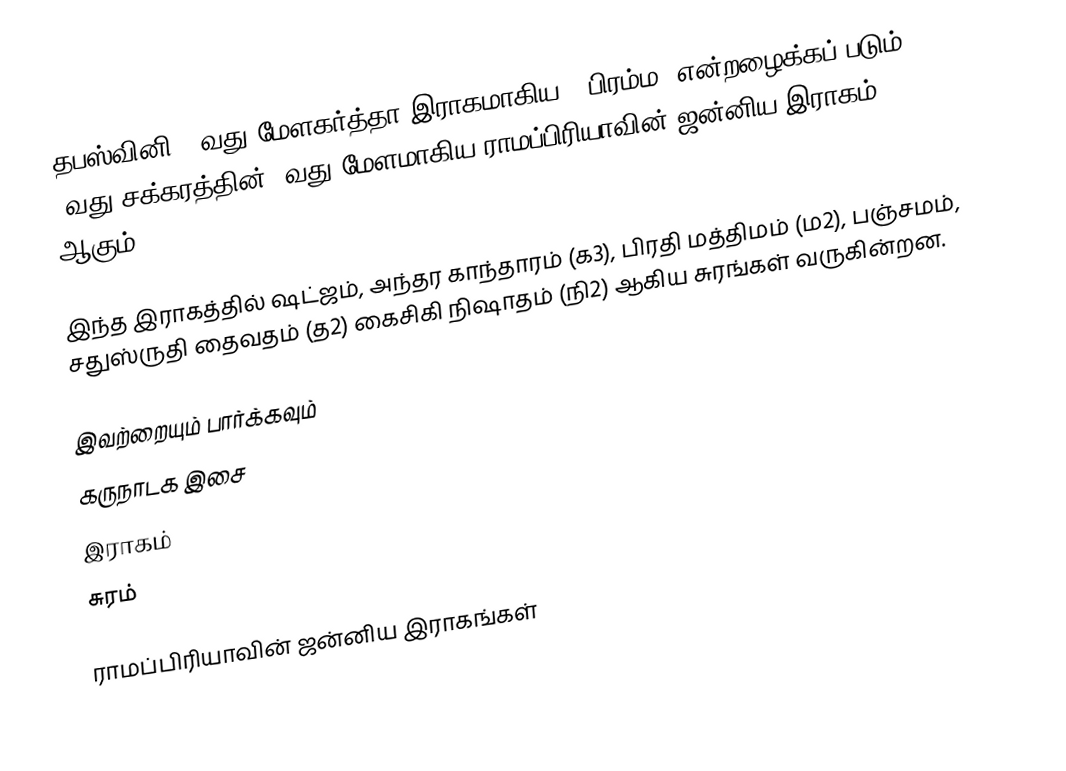
தபஸ்வினி 52வது மேளகர்த்தா இராகமாகிய, "பிரம்ம" என்றழைக்கப் படும் 9வது சக்கரத்தின் 4வது மேளமாகிய ராமப்பிரியாவின் ஜன்னிய இராகம் ஆகும்.

இந்த இராகத்தில் ஷட்ஜம், அந்தர காந்தாரம் (க3), பிரதி மத்திமம் (ம2), பஞ்சமம்,  சதுஸ்ருதி தைவதம் (த2) கைசிகி நிஷாதம்  (நி2) ஆகிய சுரங்கள் வருகின்றன.

இவற்றையும் பார்க்கவும்
 கருநாடக இசை
 இராகம்
 சுரம்

ராமப்பிரியாவின் ஜன்னிய இராகங்கள்